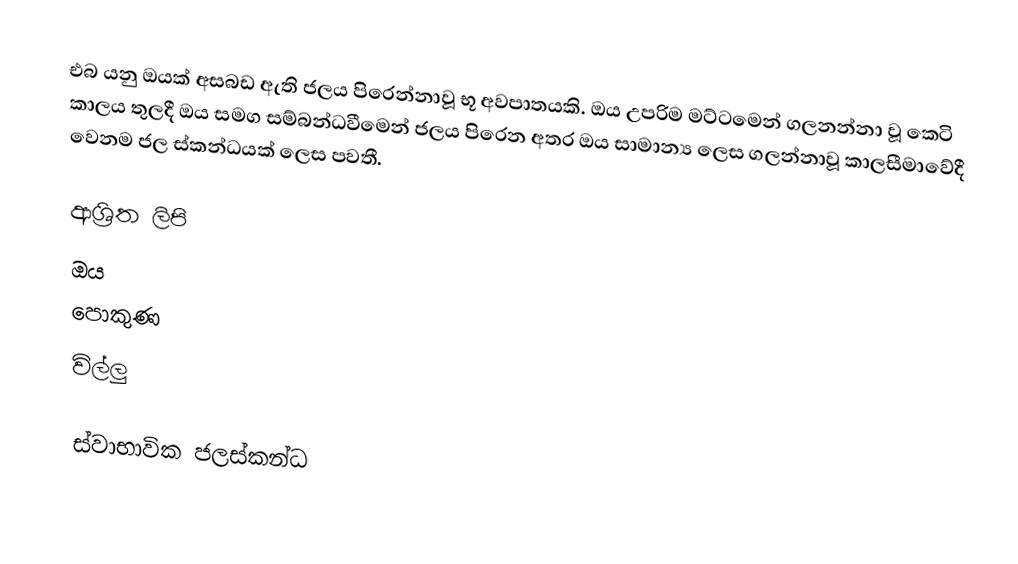
එබ යනු ඔයක් අසබඩ ඇති ජලය පිරෙන්නාවූ භූ අවපාතයකි. ඔය උපරිම මට්ටමෙන් ගලනන්නා වූ කෙටි කාලය තුලදී ඔය සමග සම්බන්ධවීමෙන් ජලය පිරෙන අතර ඔය සාමාන්‍ය ලෙස ගලන්නාවූ කාලසීමාවේදී වෙනම ජල ස්කන්ධයක් ලෙස පවතී.

ආශ්‍රිත ලිපි
 ඔය
 පොකුණ
 විල්ලු

ස්වාභාවික ජලස්කන්ධ